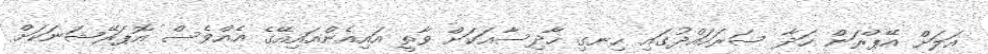
އަލަށް އޭޕްރަން ހަދާ ސަރަހައްދުގައި ހިނގި ހާދިސާއަކަށް ވާތީ އައިއެންއައިއޭގެ އެއްވެސް އޮޕަރޭޝަނަކަށް